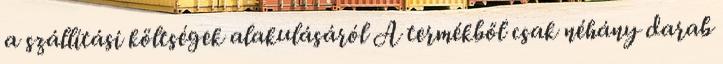
a szállítási költségek alakulásáról A termékből csak néhány darab